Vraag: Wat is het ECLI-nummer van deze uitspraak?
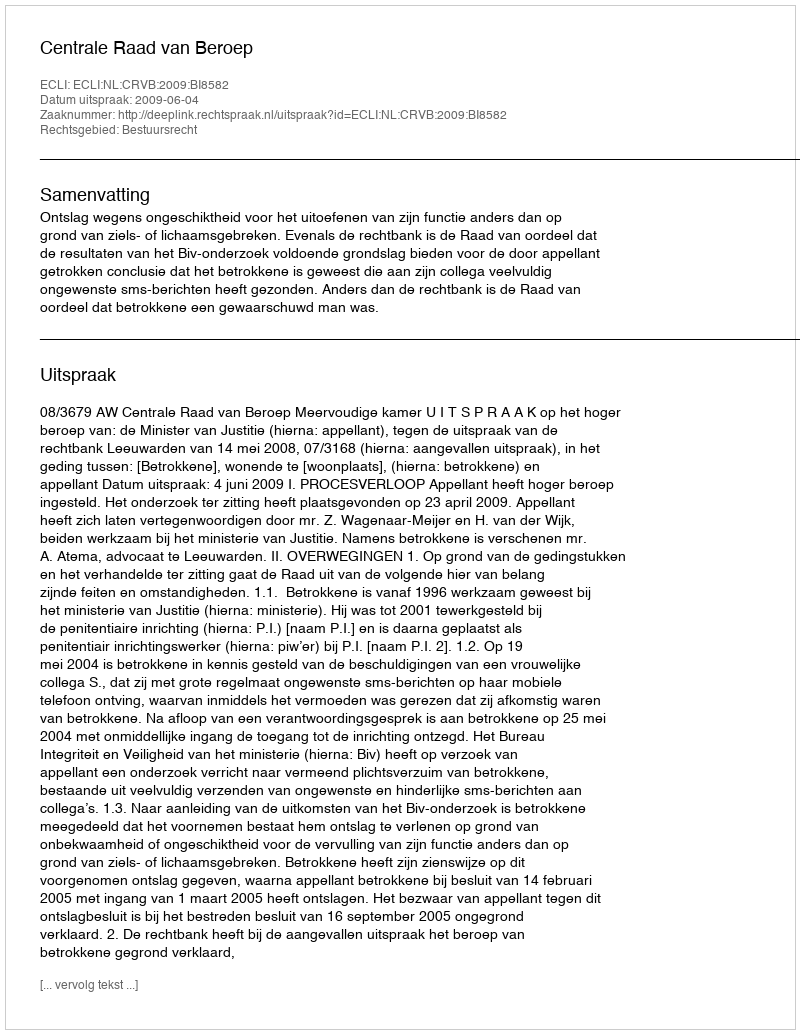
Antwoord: ECLI:NL:CRVB:2009:BI8582